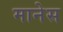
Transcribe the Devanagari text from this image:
मानेस